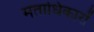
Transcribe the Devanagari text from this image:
मताधिकारों